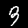
Label: 3